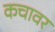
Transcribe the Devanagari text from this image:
कचावर